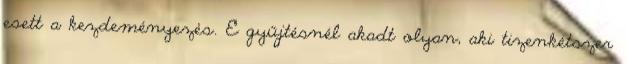
esett a kezdeményezés. E gyűjtésnél akadt olyan, aki tizenkétszer